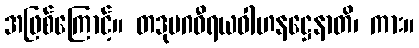
အဖြစ်ကြောင့်။ တဒုပဂဝီရယဝါဟနဋ္ဌေနာတိ၊ ကား။